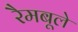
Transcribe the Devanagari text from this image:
रैमबूले